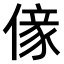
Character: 𠎵